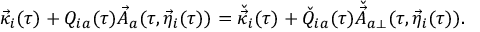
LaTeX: \vec { \kappa } _ { i } ( \tau ) + Q _ { i a } ( \tau ) \vec { A } _ { a } ( \tau , \vec { \eta } _ { i } ( \tau ) ) = \check { \vec { \kappa } } _ { i } ( \tau ) + \check { Q } _ { i a } ( \tau ) \check { \vec { A } } _ { a \perp } ( \tau , \vec { \eta } _ { i } ( \tau ) ) .